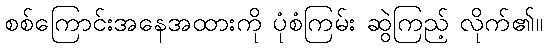
စစ်ကြောင်းအနေအထားကို ပုံစံကြမ်း ဆွဲကြည့် လိုက်၏။